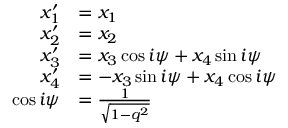
{ \begin{array} { r l } { x _ { 1 } ^ { \prime } } & { = x _ { 1 } } \\ { x _ { 2 } ^ { \prime } } & { = x _ { 2 } } \\ { x _ { 3 } ^ { \prime } } & { = x _ { 3 } \cos i \psi + x _ { 4 } \sin i \psi } \\ { x _ { 4 } ^ { \prime } } & { = - x _ { 3 } \sin i \psi + x _ { 4 } \cos i \psi } \\ { \cos i \psi } & { = { \frac { 1 } { \sqrt { 1 - q ^ { 2 } } } } } \end{array} }